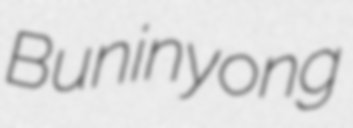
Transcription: Buninyong